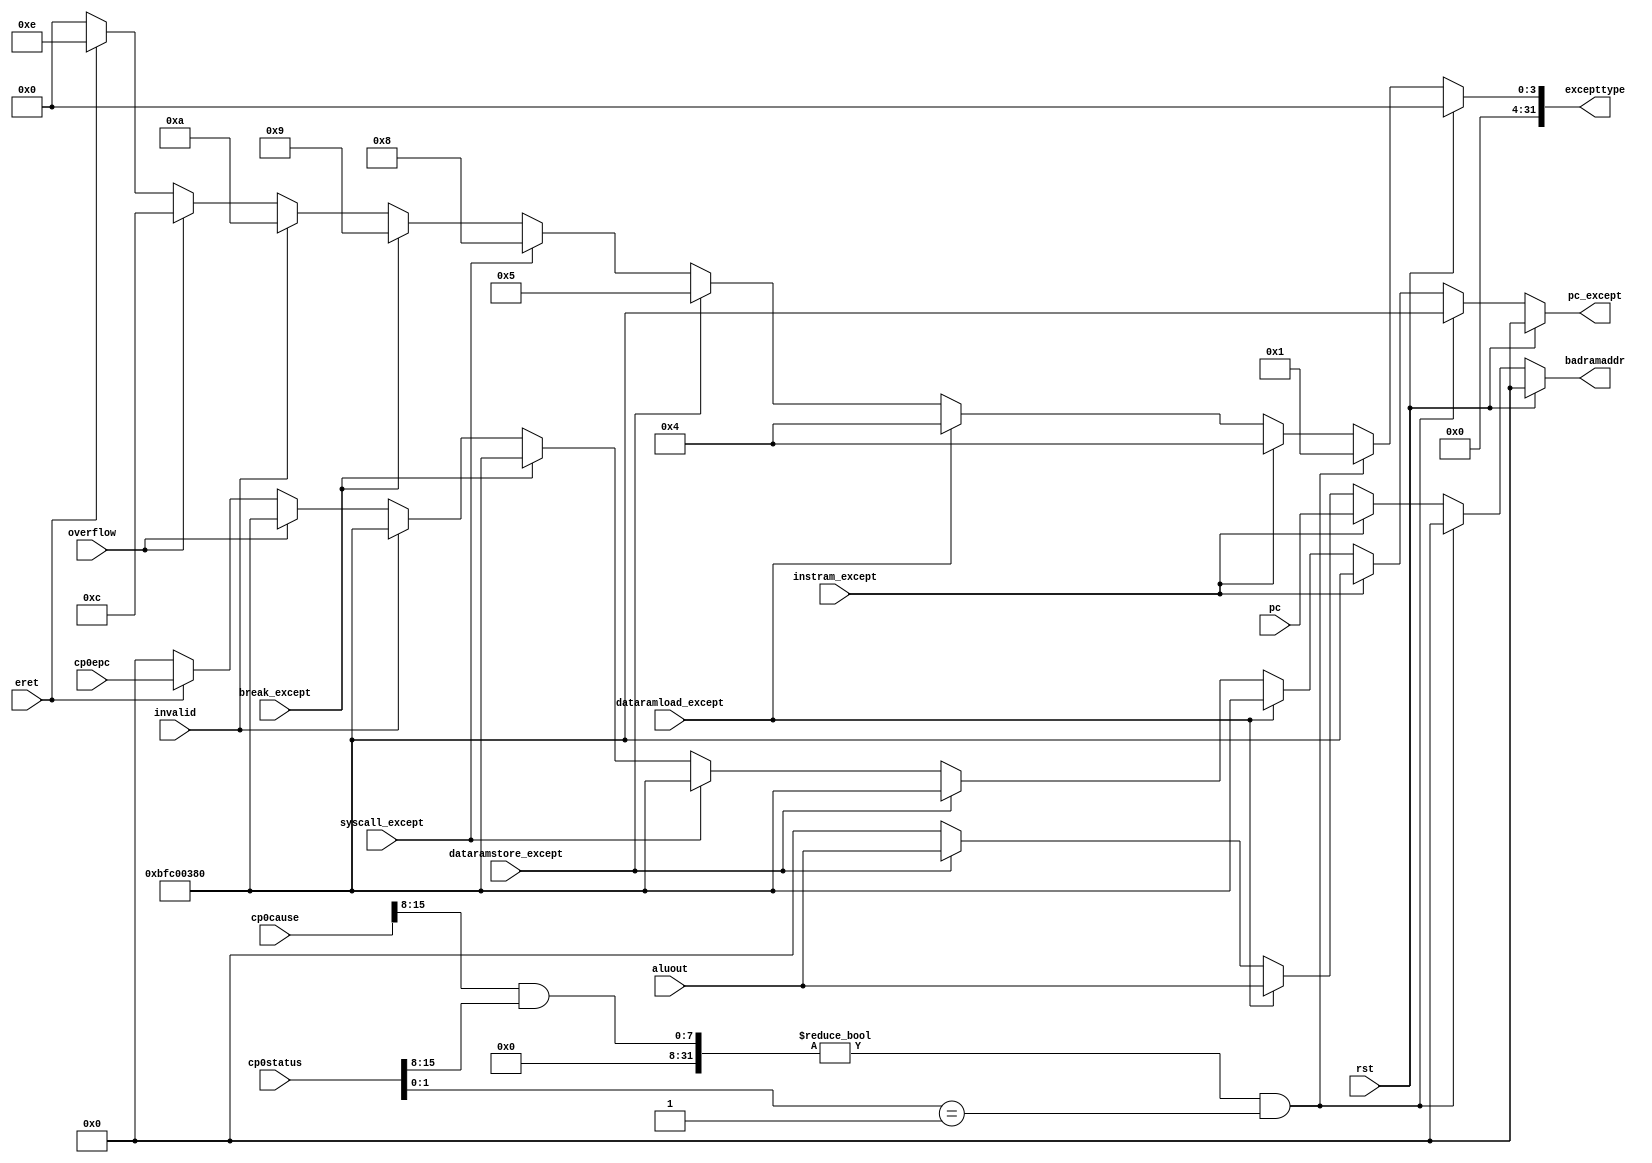
`timescale 1ns / 1ps

/*
    : exception
    : 
    :
        rst                     
        instram_except          
        dataramload_except       Load 
        dataramstore_except      Store 
        break_except             BREAK 
        syscall_except           SYSCALL 
        eret                     ERET 
        invalid                 
        overflow                 ALU 
        cp0status               CP0  status 
        cp0cause                CP0  cause 
        cp0epc                  CP0  epc 
        pc                      
        aluout                   Load/Store  ram 
    :
        excepttype              
        badramaddr               Load/Store  ram 
        pc_except                BFC00380,  ERET  epc 
*/
module exception(
    input   wire            rst,
    input   wire            instram_except, dataramload_except, dataramstore_except,
    input   wire            break_except, syscall_except,
    input   wire            eret, invalid, overflow,
    input   wire[31:0]      cp0status, cp0cause, cp0epc,
    input   wire[31:0]      pc, aluout,
    output  reg [31:0]      excepttype, badramaddr, pc_except
    );

    always @(*) begin
        if (rst) begin
            excepttype = 0;
            badramaddr = 0;
            pc_except = 0;
        end
        else begin
            if ((cp0cause[15:8] & cp0status[15:8]) != 0 & cp0status[1:0] == 2'b01) begin
                excepttype = 32'h00000001;  // 
                badramaddr = 0;
                pc_except = 32'hBFC00380;
            end 
            else if (instram_except) begin
                excepttype = 32'h00000004;  // 
                badramaddr = pc;
                pc_except = 32'hBFC00380;
            end
            else if (dataramload_except) begin
                excepttype = 32'h00000004;  // Load
                badramaddr = aluout;
                pc_except = 32'hBFC00380;
            end
            else if (dataramstore_except) begin
                excepttype = 32'h00000005;  // Store
                badramaddr = aluout;
                pc_except = 32'hBFC00380;
            end
            else if (syscall_except) begin
                excepttype = 32'h00000008;  // SYSCALL 
                badramaddr = 0;
                pc_except = 32'hBFC00380;
            end
            else if (break_except) begin
                excepttype = 32'h00000009;  // BREAK 
                badramaddr = 0;
                pc_except = 32'hBFC00380;
            end
            else if (invalid) begin
                excepttype = 32'h0000000a;  // 
                badramaddr = 0;
                pc_except = 32'hBFC00380;
            end
            else if (overflow) begin
                excepttype = 32'h0000000c;  // ALU 
                badramaddr = 0;
                pc_except = 32'hBFC00380;
            end
            else if (eret) begin
                excepttype = 32'h0000000e;  // ERET 
                badramaddr = 0;
                pc_except = cp0epc;
            end
            else begin
                excepttype = 0;
                badramaddr = 0;
                pc_except = 0;
            end
        end
    end

endmodule